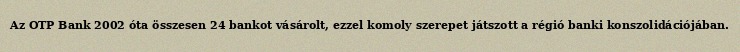
Az OTP Bank 2002 óta összesen 24 bankot vásárolt, ezzel komoly szerepet játszott a régió banki konszolidációjában.